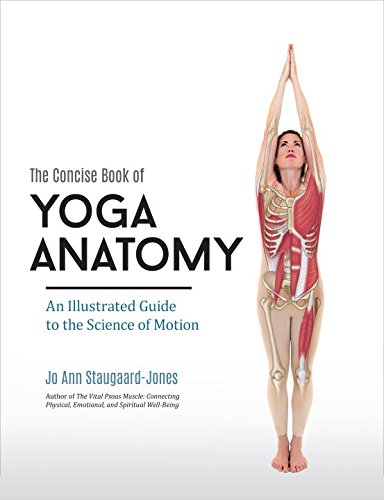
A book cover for The Concise Book of Yoga Anatomy: An Illustrated Guide to the Science of Motion; Jo Ann Staugaard-Jones; Health, Fitness & Dieting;